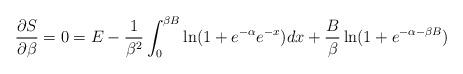
LaTeX: \begin{align*}{}\frac{\partial S}{\partial \beta} = 0 = E - \frac{1}{\beta^2} \int_{0}^{\beta B} \ln (1+e^{-\alpha}e^{-x}) dx + \frac{B}{\beta} \ln (1+e^{-\alpha- \beta B}) \end{align*}